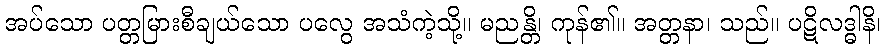
အပ်သော ပတ္တမြားစီချယ်သော ပလွေ အသံကဲ့သို့။ မညန္တိ၊ ကုန်၏။ အတ္တနာ၊ သည်။ ပဋိလဒ္ဓါနိ၊